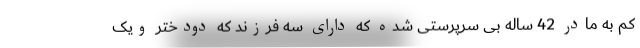
کم به مادر 42 ساله بی سرپرستی شده که دارای سه فرزند که دودختر ویک